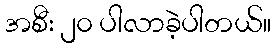
အစီး ၂၀ ပါလာခဲ့ပါတယ်။